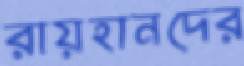
রায়হানদের